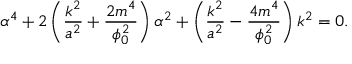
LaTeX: \alpha ^ { 4 } + 2 \left( \frac { k ^ { 2 } } { a ^ { 2 } } + \frac { 2 m ^ { 4 } } { \phi _ { 0 } ^ { 2 } } \right) \alpha ^ { 2 } + \left( \frac { k ^ { 2 } } { a ^ { 2 } } - \frac { 4 m ^ { 4 } } { \phi _ { 0 } ^ { 2 } } \right) k ^ { 2 } = 0 .